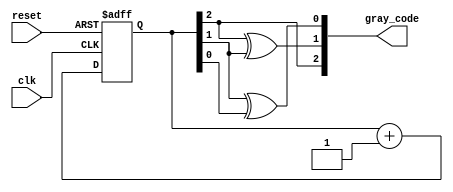
module gray_code_async_counter (
    input wire clk,        // Clock input (not used in this asynchronous design)
    input wire reset,      // Asynchronous reset
    output reg [2:0] gray_code // Output in Gray code
);

// Intermediate binary state
reg [2:0] binary_state;

// Asynchronous reset and state transition logic
always @(posedge clk or posedge reset) begin
    if (reset) begin
        binary_state <= 3'b000; // Reset to binary 0
    end else begin
        // Increment binary state
        binary_state <= binary_state + 1;
    end
end

// Convert binary state to Gray code
always @(binary_state) begin
    gray_code[2] = binary_state[2];          // MSB remains the same
    gray_code[1] = binary_state[2] ^ binary_state[1]; // XOR for next bit
    gray_code[0] = binary_state[1] ^ binary_state[0]; // XOR for LSB
end

endmodule